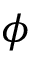
\phi